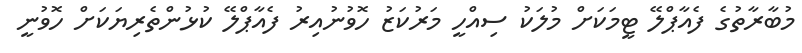
މުބާރާތުގެ ފެއާޕްލޭ ޓީމަކަށް މުލަކު ސިއްހީ މަރުކަޒު ހޮވުނުއިރު ފެއާޕްލޭ ކުޅުންތެރިޔަކަށް ހޮވުނީ